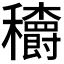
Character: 𥤏